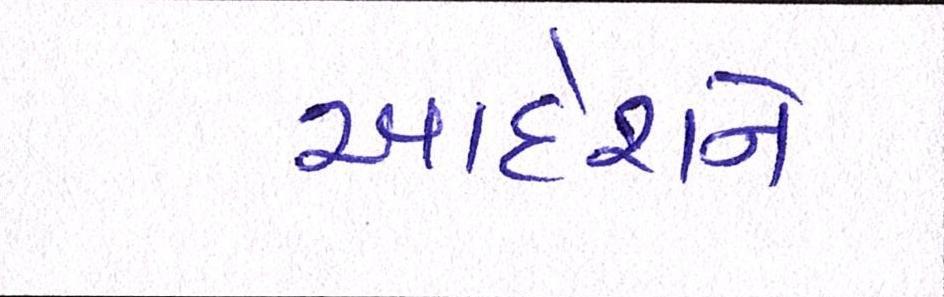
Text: આદેશને